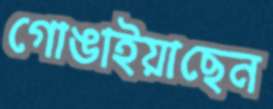
গোঙাইয়াছেন